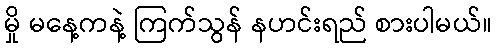
မှို မနေ့ကနဲ့ ကြက်သွန် နဟင်းရည် စားပါမယ်။